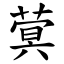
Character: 蓂